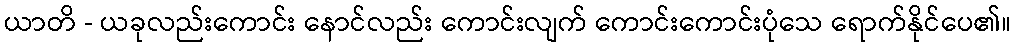
ယာတိ - ယခုလည်းကောင်း နောင်လည်း ကောင်းလျက် ကောင်းကောင်းပုံသေ ရောက်နိုင်ပေ၏။